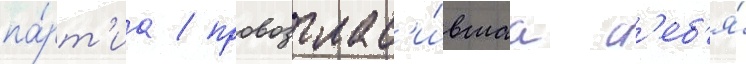
па́рт'иа / провозглас'и́вшаа с'еб'я́